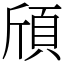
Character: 頎